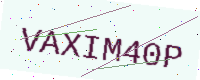
Text: VAXIM40P